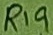
Text: R19